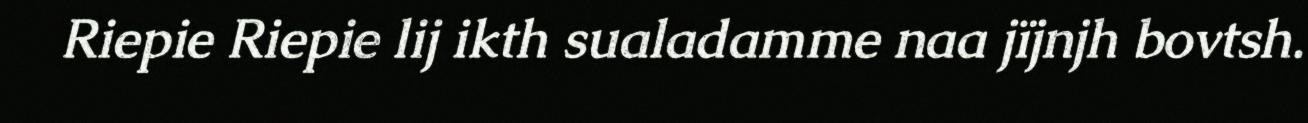
Riepie Riepie lij ikth sualadamme naa jïjnjh bovtsh.